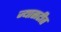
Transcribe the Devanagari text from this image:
ज्यासटीत